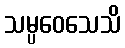
သမ္ပဝေသေသိ